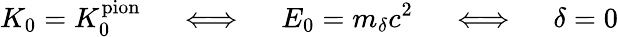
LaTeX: K_{0}=K_{0}^{\textrm{pion}}\quad\iff\quad E_{0}=m_{\delta}c^{2}\quad\iff\quad\delta=0